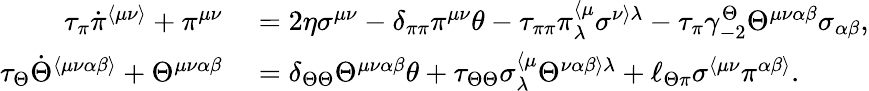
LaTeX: \begin{array}{rl}{\tau_{\pi}\dot{\pi}^{\langle\mu\nu\rangle}+\pi^{\mu\nu}}&{{}=2\eta\sigma^{\mu\nu}-\delta_{\pi\pi}\pi^{\mu\nu}\theta-\tau_{\pi\pi}\pi_{\lambda}^{\langle\mu}\sigma^{\nu\rangle\lambda}-\tau_{\pi}\gamma_{-2}^{\Theta}\Theta^{\mu\nu\alpha\beta}\sigma_{\alpha\beta},}\\ {\tau_{\Theta}\dot{\Theta}^{\langle\mu\nu\alpha\beta\rangle}+\Theta^{\mu\nu\alpha\beta}}&{{}=\delta_{\Theta\Theta}\Theta^{\mu\nu\alpha\beta}\theta+\tau_{\Theta\Theta}\sigma_{\lambda}^{\langle\mu}\Theta^{\nu\alpha\beta\rangle\lambda}+\ell_{\Theta\pi}\sigma^{\langle\mu\nu}\pi^{\alpha\beta\rangle}.}\end{array}